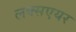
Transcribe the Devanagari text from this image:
लक्सएयर